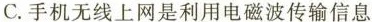
C.手机无线上网是利用电磁波传输信息